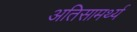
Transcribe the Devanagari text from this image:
अतिसामर्थ्य